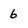
Character: b